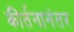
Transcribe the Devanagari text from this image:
कीर्तनानंतर